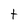
Character: t